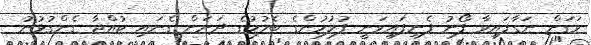
ވަގަށް ނަގާފައިވާ ފޯނު ފެނިފައިވަނީ ފުލުހުންގެ ބެލުމުގެ ދަށަށް ގެނައި ކުއްޖާ ގެންގުޅުނު